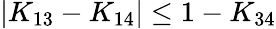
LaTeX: |K_{13}-K_{14}|\le 1-K_{34}